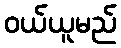
ဝယ်ယူမည်